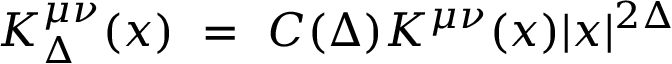
K _ { \Delta } ^ { \mu \nu } ( x ) ~ = ~ C ( \Delta ) K ^ { \mu \nu } ( x ) | x | ^ { 2 \Delta }